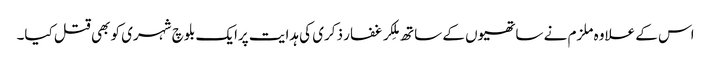
اس کے علاوہ ملزم نے ساتھیوں کے ساتھ مِلکر غفار ذکری کی ہدایت پرایک بلوچ شہری کو بھی قتل کیا۔